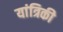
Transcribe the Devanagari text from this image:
यांत्रिकी